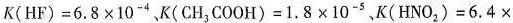
$$K ( H F ) = 6 . 8 × 1 0 ^ { - 4 }$$、$$K ( C H _ { 3 }